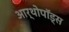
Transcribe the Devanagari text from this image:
आर्थोपॉड्स